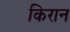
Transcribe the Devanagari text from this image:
किरान